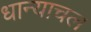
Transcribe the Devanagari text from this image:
धान्याचल